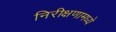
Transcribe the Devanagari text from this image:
निरीक्षणामध्ये